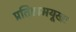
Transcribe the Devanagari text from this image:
प्रतिष्ठामयूखः